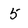
Character: 5